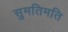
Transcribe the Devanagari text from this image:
सुमतिमति